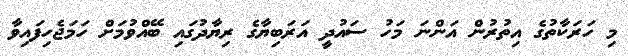
މި ހަރަކާތުގެ އިތުރުން އަންނަ މަހު ސައުދީ އަރަބިޔާގެ ރިޔާދުގައި ބޭއްވުމަށް ހަމަޖެހިފައިވާ